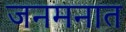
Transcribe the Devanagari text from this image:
जनमनात